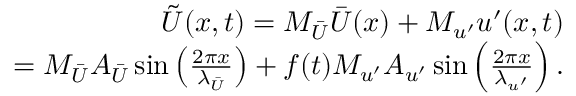
\begin{array} { r } { \tilde { U } ( x , t ) = M _ { \bar { U } } \bar { U } ( x ) + M _ { u ^ { \prime } } u ^ { \prime } ( x , t ) } \\ { = M _ { \bar { U } } A _ { \bar { U } } \sin \left( \frac { 2 \pi x } { \lambda _ { \bar { U } } } \right) + f ( t ) M _ { u ^ { \prime } } A _ { u ^ { \prime } } \sin \left( \frac { 2 \pi x } { \lambda _ { u ^ { \prime } } } \right) . } \end{array}